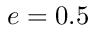
e = 0 . 5